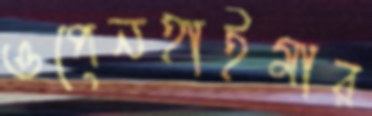
ওপেনহাইমার